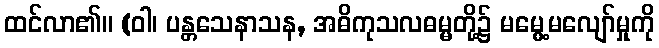
ထင်လာ၏။ (ဝါ၊ ပန္တသေနာသန, အဓိကုသလဓမ္မတို့၌ မမွေ့မလျော်မှုကို